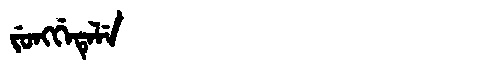
Manchu: ᠵᡠᠩᡤᡝᡨᡝᠯᡝ
Romanization: JUNGGETELE